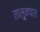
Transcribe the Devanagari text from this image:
तालु्क्यात